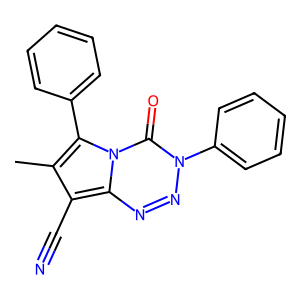
SMILES: Cc1c(C#N)c2nnn(-c3ccccc3)c(=O)n2c1-c1ccccc1
Inhibits HIV replication: No